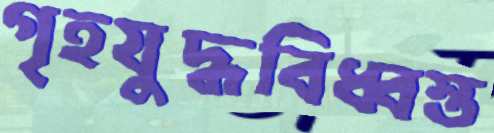
গৃহযুদ্ধবিধ্বস্ত